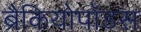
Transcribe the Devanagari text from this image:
ब्रैकियोपॉडस